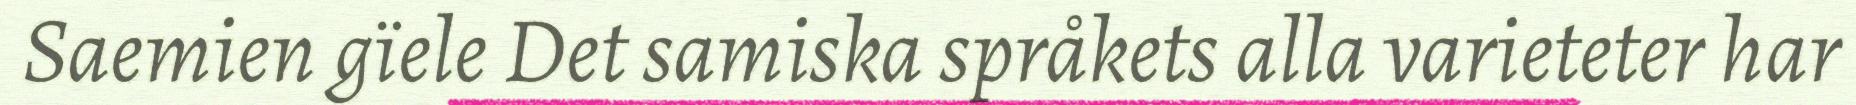
Saemien gïele Det samiska språkets alla varieteter har